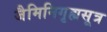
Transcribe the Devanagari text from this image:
जैमिनिगृह्यसूत्र